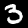
Label: 3